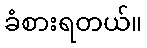
ခံစားရတယ်။